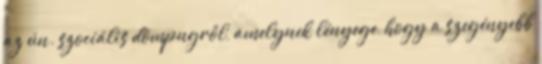
az ún. szociális dömpngről, amelynek lényege, hogy a szegényebb